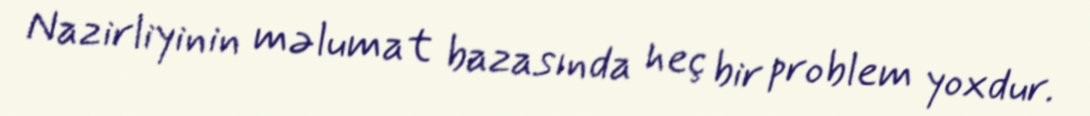
Nazirliyinin məlumat bazasında heç bir problem yoxdur.